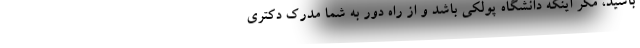
باشید، مگر اینکه دانشگاه پولکی باشد و از راه دور به شما مدرک دکتری